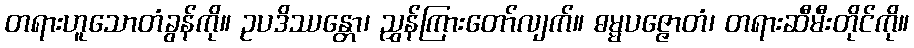
တရားဟူသောတံခွန်ကို။ ဥပဒိဿန္တော၊ ညွှန်ကြားတော်လျက်။ ဓမ္မပဇ္ဇောတံ၊ တရားဆီမီးတိုင်ကို။